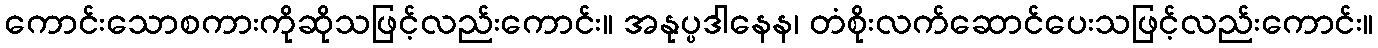
ကောင်းသောစကားကိုဆိုသဖြင့်လည်းကောင်း။ အနုပ္ပဒါနေန၊ တံစိုးလက်ဆောင်ပေးသဖြင့်လည်းကောင်း။